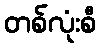
တစ်လုံးစီ